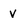
Character: V